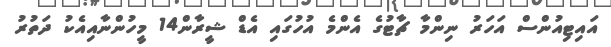
އައިޓިއުންސް އަހަރު ނިންމާ ޗާޓުގެ އެންމެ އުހުގައި އެޑް ޝީރާން14 މީހުންނާއިއެކު ދަތުރު